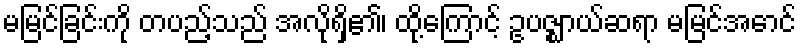
မမြင်ခြင်းကို တပည့်သည် အလိုရှိ၏၊ ထို့ကြောင့် ဥပဇ္ဈာယ်ဆရာ မမြင်အောင်